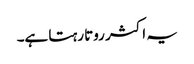
یہ اکثر روتا رہتا ہے۔